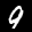
Label: 9